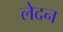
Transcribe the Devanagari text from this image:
लेदन